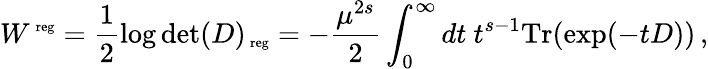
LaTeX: W^{\mathrm{\scriptsize~reg}}=\frac 12\log\operatorname*{det}(D)_{\mathrm{\scriptsize~reg}}=-\frac{\mu^{2s}}{2}\int_{0}^{\infty}dt~t^{s-1}\mathrm{Tr}(\exp(-tD))\, ,